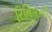
રિતિકની